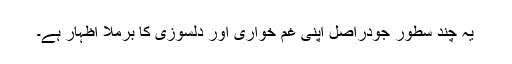
یہ چند سطور جودراصل اپنی غم خواری اور دلسوزی کا برملا اظہار ہے۔